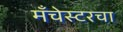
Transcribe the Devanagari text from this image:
मँचेस्टरचा